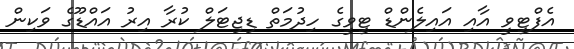
އެފްޓީވީ އާއި އައިލެންޑް ޓީވީގެ ހިދުމަތް ޑިޖިޓަލް ކުރާ އިރު އައްޑޫގެ ވަކިން